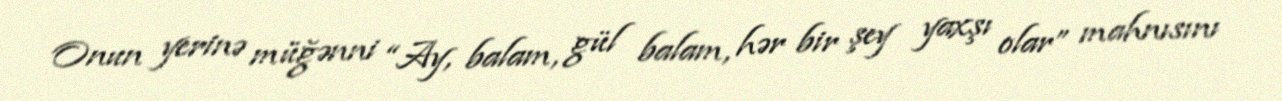
Onun yerinə müğənni “Ay, balam, gül balam, hər bir şey yaxşı olar” mahnısını